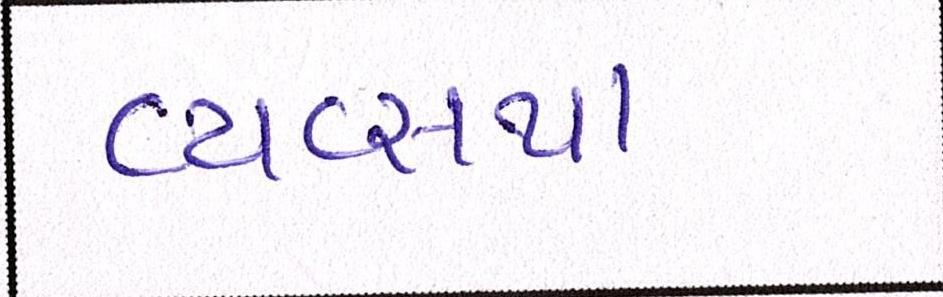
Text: વ્યવ્સથા